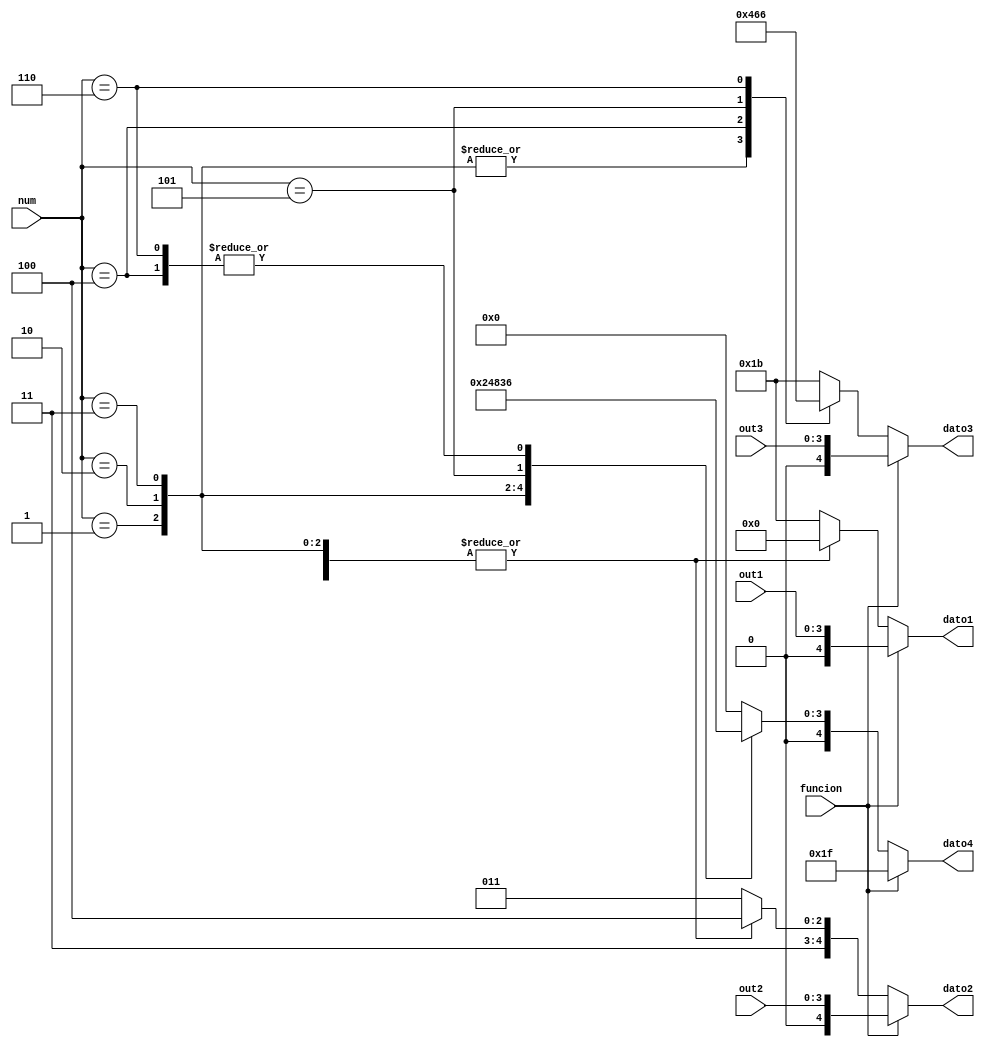
`timescale 1ns / 1ps

module datlcd(funcion,out1,out2,out3,num,dato1,dato2,dato3,dato4);
input funcion;
input [3:0] out1,out2,out3,num;
output reg [4:0] dato1,dato2,dato3,dato4;



initial begin
dato1<=5'd27;
dato2<=5'd27;
dato3<=5'd27;
dato4<=5'd0;
end


always @(num,out1,out2,out3)
if(~funcion)
	case(num)
	4'd0: begin
		dato1=5'd27;
		dato2=5'd27;
		dato3=5'd27;
		dato4=5'd0;
	end
	4'd1: begin
		dato1=5'd0;
		dato2=5'd28;
		dato3=5'd0;
		dato4=5'd2;
	end
	4'd2:  begin
		dato1=5'd0;
		dato2=5'd28;
		dato3=5'd0;
		dato4=5'd4;
	end
	4'd3: begin
		dato1=5'd0;
		dato2=5'd28;
		dato3=5'd0;
		dato4=5'd8;
	end
	4'd4:  begin
		dato1=5'd0;
		dato2=5'd28;
		dato3=5'd1;
		dato4=5'd6;
	end
	4'd5: begin
		dato1=5'd0;
		dato2=5'd28;
		dato3=5'd3;
		dato4=5'd3;
	end
	4'd6:  begin
		dato1=5'd0;
		dato2=5'd28;
		dato3=5'd6;
		dato4=5'd6;
	end
	default: begin
		dato1=5'd27;
		dato2=5'd27;
		dato3=5'd27;
		dato4=5'd0;
	end
	endcase
else begin
	dato3=out3;
	dato2=out2;
	dato1=out1;
	dato4=5'd31;
end
endmodule